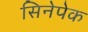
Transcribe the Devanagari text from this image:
सिनेपेक